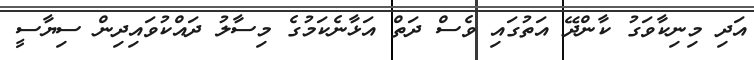
އަދި މިނިކާވަގު ކާންދޭ އަތުގައި ވެސް ދަތް އަޅާނެކަމުގެ މިސާލު ދައްކުވައިދިން ސިޔާސީ